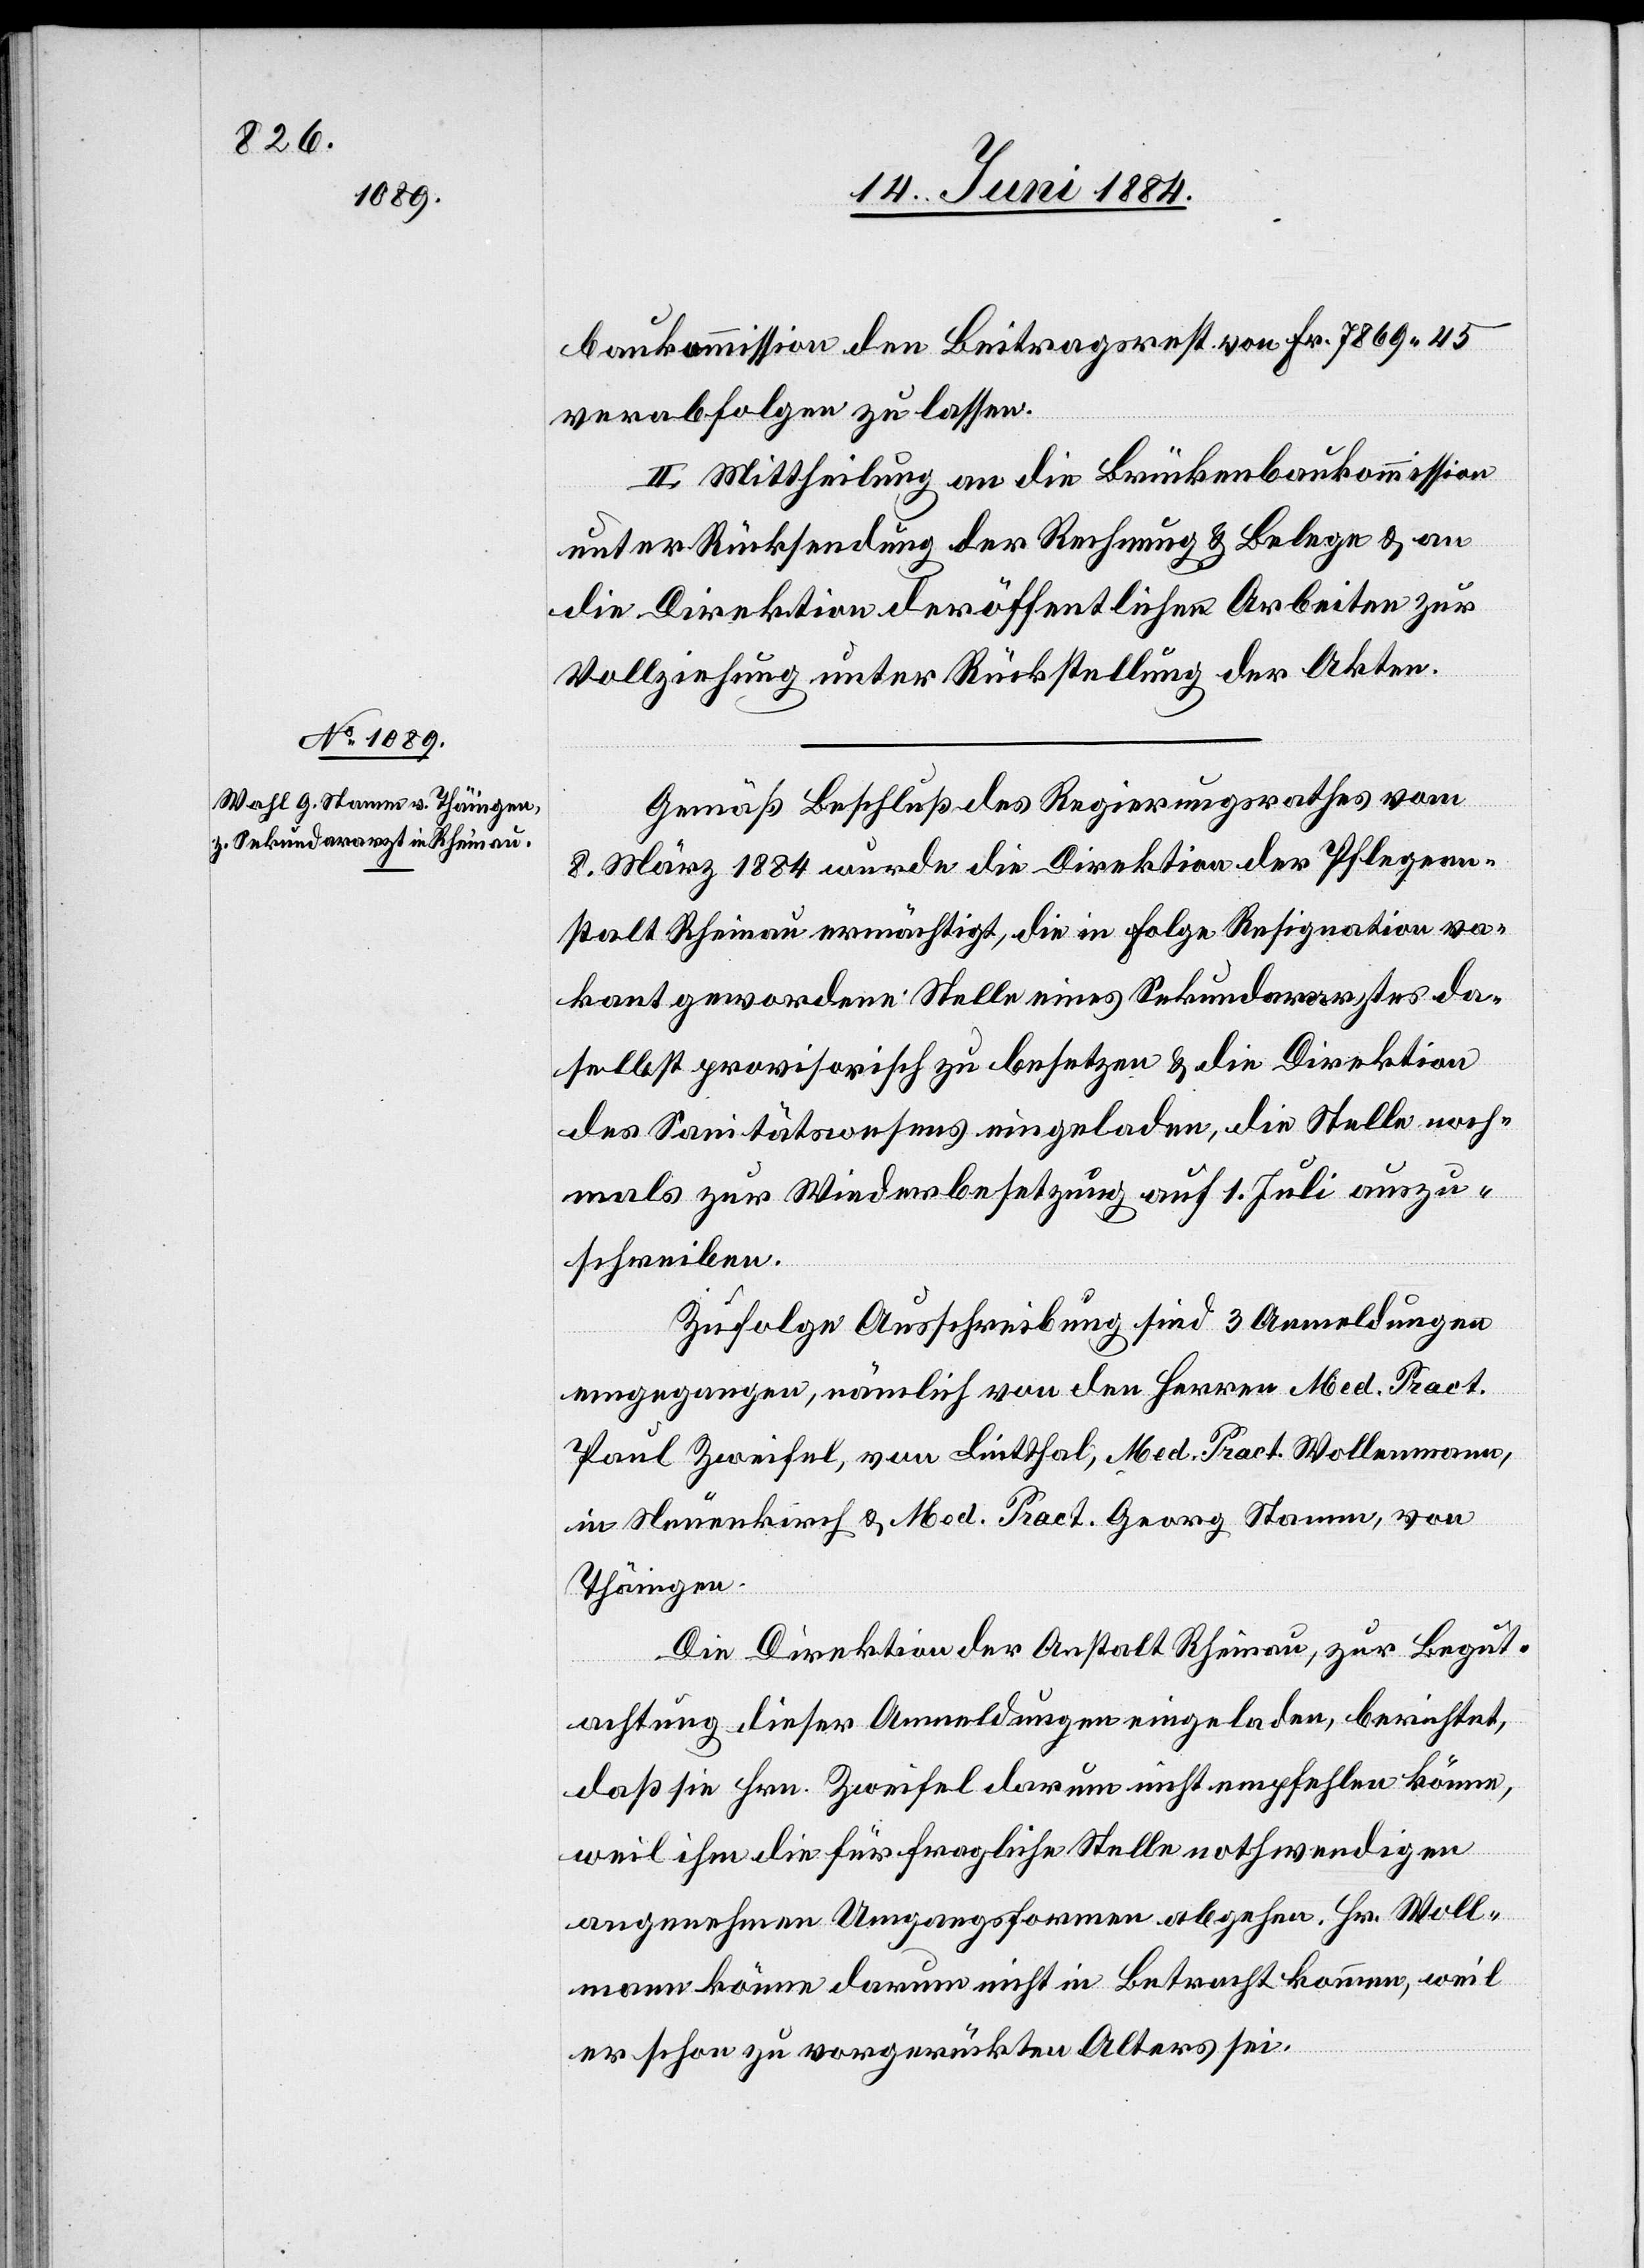
baukommission den Beitragsrest von Fr. 7869 45
verabfolgen zu lassen.
II. Mittheilung an die Brückenbaukommission
unter Rücksendung der Rechnung & Belege & an
die Direktion der öffentlichen Arbeiten zur
Vollziehung unter Rückstellung der Akten.
Gemäß Beschluß des Regierungsrathes von
8. März 1884 wurde die Direktion der Pflegean¬
stalt Rheinau ermächtigt, die in Folge Resignation va¬
kant gewordene Stelle eines Sekundararztes da¬
selbst provisorisch zu besetzen & die Direktion
des Sanitätswesens eingeladen, die Stelle noch¬
mals zur Wiederbesetzung auf 1. Juli auszu¬
schreiben.
Zufolge der Ausschreibung sind 3 Anmeldungen
eingegangen, nämlich von den Herren Med. Pract.
Paul Zweifel, von Lintthal, Med. Pract. Wollmann,
in Neuenkirch & Med. Pract. Georg Stamm, von
Thäingen.
Die Direktion der Anstalt Rheinau, zur Begut¬
achtung dieser Anmeldungen eingeladen, berichtet,
daß sie Hrn. Zweifel darum nicht empfehlen könne,
weil ihm die für fragliche Stelle nothwendigen
angenehmen Umgangsformen abgehen. Hr. Woll¬
mann könne darum nicht in Betracht kommen, weil
er schon zu vorgerückten Alters sei.